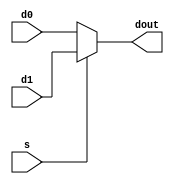
/*
    muxmux
    		
    d0d1d2...	I	d0d1
    s	I	
    y	O	
*/
`timescale 1ns / 1ns
module MUX_2
        (
            input [31:0]d0,
				input [31:0]d1,
            input s,            //
            output reg [31:0]dout       //
        );

        always @(s)begin
				if(s)
					dout = d1;
				else
					dout = d0;
		  end

endmodule


module MUX_3_1
        (
            input [31:0]d0,
				input [31:0]d1,
            input [31:0]d2,
            input [1:0] s,      			//
            output reg [31:0]dout       //
        );

        always @(s) begin
            case(s)
                2'b00:
                begin
                    dout = d0;
                end
                2'b01:
                begin
                    dout = d1;
                end
                2'b10:
                begin
                    dout = d2;
                end
                default:
                    dout = 1'bz;
            endcase
            
        end

endmodule

module MUX_3_2
        (
            input [4:0]d0,
				input [4:0]d1,
            input [4:0]d2,
            input [1:0] s,      			//
            output reg [4:0]dout       //
        );

        always @(s) begin
            case(s)
                2'b00:
                begin
                    dout = d0;
                end
                2'b01:
                begin
                    dout = d1;
                end
                2'b10:
                begin
                    dout = d2;
                end
                default:
                    dout = 1'bz;
            endcase
            
        end

endmodule


module MUX_4
        (
            input [31:0]d0,input [31:0]d1,
            input [31:0]d2,input [31:0]d3,
            input [1:0] s,      //
            output reg [31:0]dout      //
        );

        always @(s) begin
            case(s)
                2'b00:
                begin
                    dout = d0;
                end
                2'b01:
                begin
                    dout = d1;
                end
                2'b10:
                begin
                    dout = d2;
                end
                2'b11:
                begin
                    dout = d3;
                end
                default:
                    dout = 1'bz;
            endcase
            
        end

endmodule